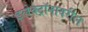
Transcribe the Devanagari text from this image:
इलेक्ट्रॉनावरील